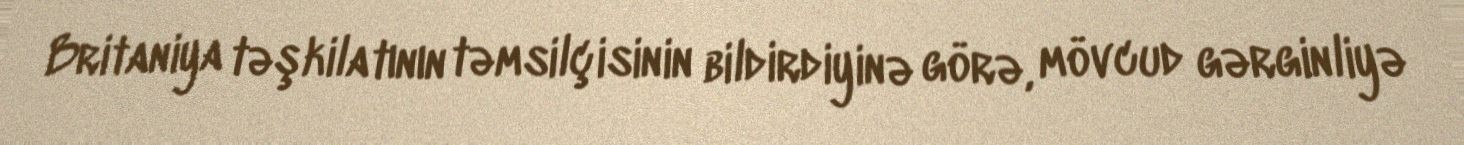
Britaniya təşkilatının təmsilçisinin bildirdiyinə görə, mövcud gərginliyə